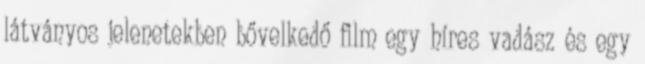
látványos jelenetekben bővelkedő film egy híres vadász és egy